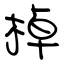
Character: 棹